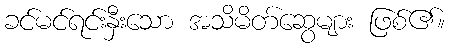
ခင်မင်ရင်းနှီးသော အသိမိတ်ဆွေများ ဖြစ်၏။